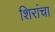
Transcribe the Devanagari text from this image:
शिरांचा